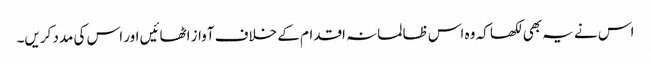
اس نے یہ بھی لکھا کہ وہ اس ظالمانہ اقدام کے خلاف آواز اٹھائیں اور اس کی مدد کریں۔